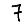
Digit: 7